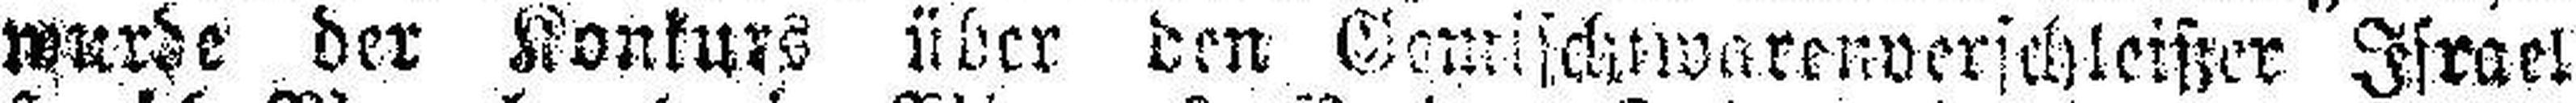
wurde der Konkurs über den Gemischewarenverichleißer Israel